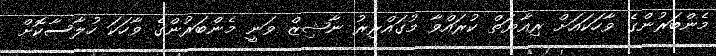
މެންބަރުންގެ ވާހަކައަށް ރިއާޔަތް ކުރައްވާ މުގައްރިރު ނާޝިޒް ވަނީ މެންބަރުންގެ ވާހަކަ ހުލާސާކޮށް